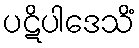
ပဋိပါဒေသိံ